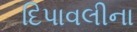
દિપાવલીના